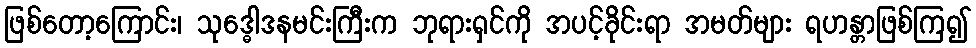
ဖြစ်တော့ကြောင်း၊ သုဒ္ဓေါဒနမင်းကြီးက ဘုရားရှင်ကို အပင့်ခိုင်းရာ အမတ်များ ရဟန္တာဖြစ်ကြ၍